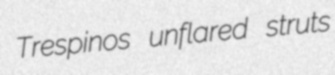
Trespinos unflared struts